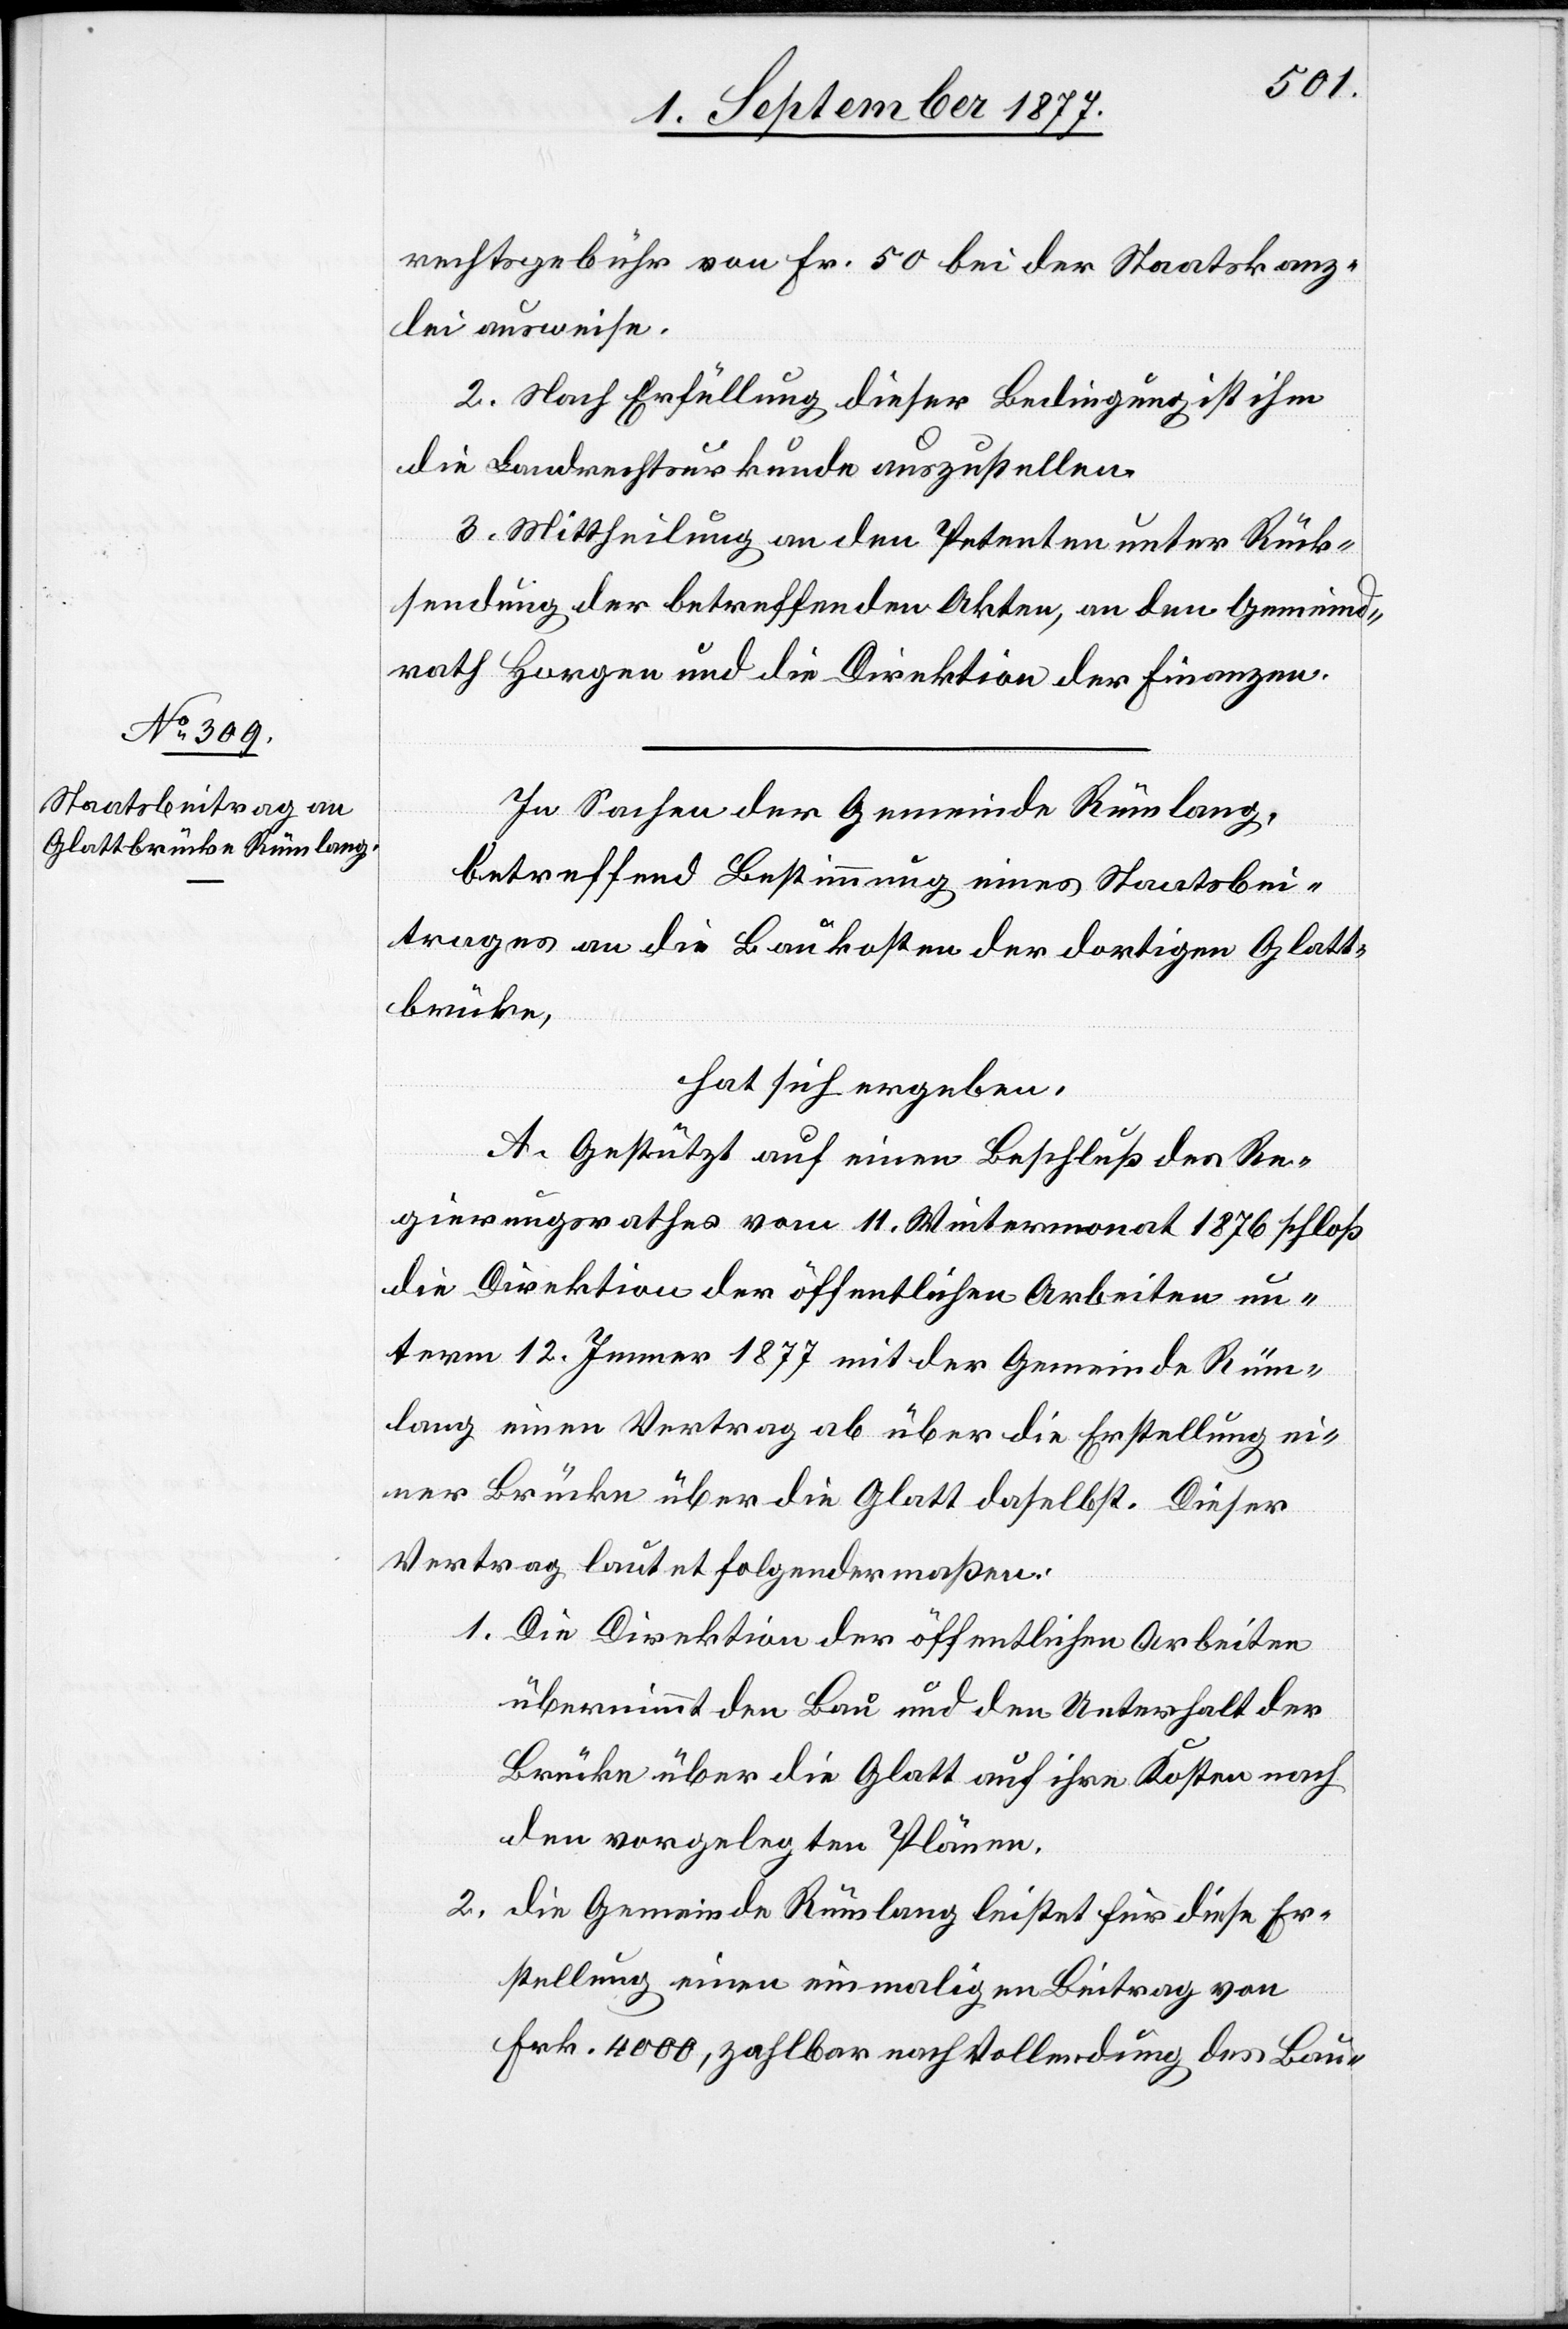
2.
rechtsgebühr von Fr. 50 bei der Staatskanz¬
lei ausweise.
2. Nach Erfüllung dieser Bedingung ist ihm
die Landrechtsurkunde auszustellen.
3. Mittheilung an den Petenten unter Rück¬
sendung der betreffenden Akten, an den Gemeind¬
rath Horgen und die Direktion der Finanzen.
In Sachen der Gemeinde Rümlang,
betreffend Bestimmung eines Staatsbei¬
trages an die Baukosten der dortigen Glatt¬
brücke,
hat sich ergeben:
A. Gestützt auf einen Beschluß des Re¬
gierungsrathes vom 11. Wintermonat 1876 schloß
die Direktion der öffentlichen Arbeiten un¬
term 12. Jenner 1877 mit der Gemeinde Rüm¬
lang einen Vertrag ab über die Erstellung ei¬
ner Brücke über die Glatt daselbst. Dieser
Vertrag lautet folgendermaßen:
Die Direktion der öffentlichen Arbeiten
übernimmt den Bau und den Unterhalt der
Brücke über die Glatt auf ihre Kosten nach
den vorgelegten Plänen.
die Gemeinde Rümlang leistet für diese Er¬
stellung einen einmaligen Beitrag von
Frk. 4000, zahlbar nach Vollendung des Bau-